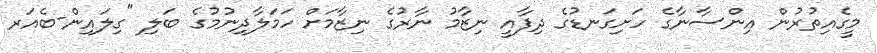
މީގެއިތުރުން އިންސާނާގެ ހަށިގަނޑުގެ ދިފާއީ ނިޒާމު ނާރުގެ ނިޒާމަށް ހަމަލާދިނުމުގެ ބަލި "ގިލައިން-ބެއަރ